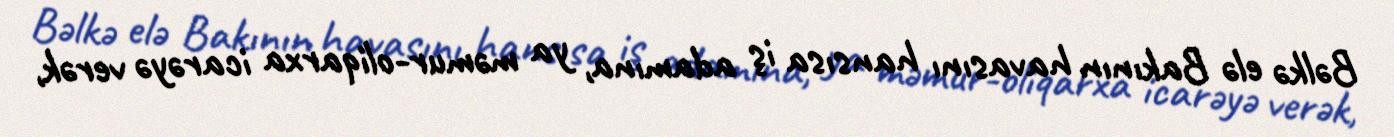
Bəlkə elə Bakının havasını hansısa iş adamına, ya məmur-oliqarxa icarəyə verək,